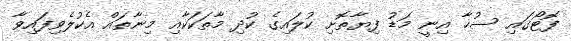
ފޮޓޯގައި ސުހާ އިނީ މަޑު ފިޔާތޮށި ކުލައިގެ ކުދި މާތަކަކާއި މިނާތައް އެކުލެވިފައިވާ